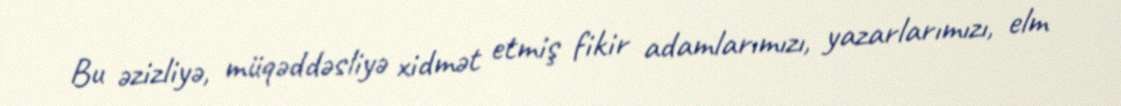
Bu əzizliyə, müqəddəsliyə xidmət etmiş fikir adamlarımızı, yazarlarımızı, elm